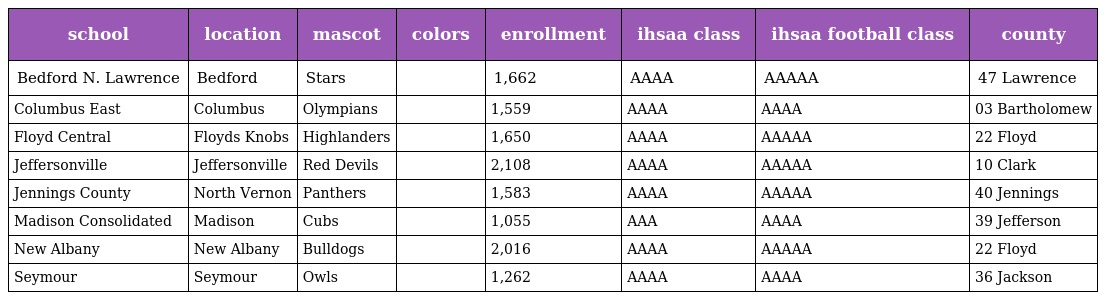
| school | location | mascot | colors | enrollment | ihsaa class | ihsaa football class | county |
 | --- | --- | --- | --- | --- | --- | --- | --- |
 | Bedford N. Lawrence | Bedford | Stars |  | 1,662 | AAAA | AAAAA | 47 Lawrence |
 | Columbus East | Columbus | Olympians |  | 1,559 | AAAA | AAAA | 03 Bartholomew |
 | Floyd Central | Floyds Knobs | Highlanders |  | 1,650 | AAAA | AAAAA | 22 Floyd |
 | Jeffersonville | Jeffersonville | Red Devils |  | 2,108 | AAAA | AAAAA | 10 Clark |
 | Jennings County | North Vernon | Panthers |  | 1,583 | AAAA | AAAAA | 40 Jennings |
 | Madison Consolidated | Madison | Cubs |  | 1,055 | AAA | AAAA | 39 Jefferson |
 | New Albany | New Albany | Bulldogs |  | 2,016 | AAAA | AAAAA | 22 Floyd |
 | Seymour | Seymour | Owls |  | 1,262 | AAAA | AAAA | 36 Jackson |